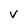
Character: V